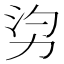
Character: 𠡑